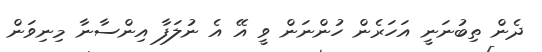
ދެން ތިބުނަނީ އަހަރެން ހުންނަން ވީ އޭ އެ ނުލަފާ އިންސާނާ މިނިވަން